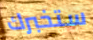
ستخبرك